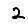
Digit: 2